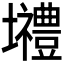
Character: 𡓾